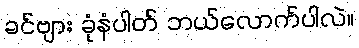
ခင်ဗျား ခုံနံပါတ် ဘယ်လောက်ပါလဲ။